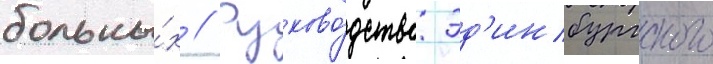
больны́х // Руково́дство эд'инбургского